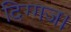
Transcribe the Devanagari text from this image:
दिग्गज।